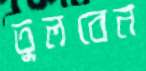
তুলবেন